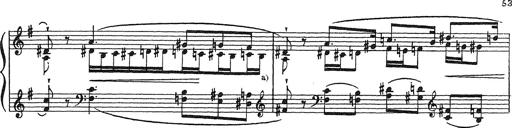
Title: Grosses Konzertsolo
Composer: Franz Liszt